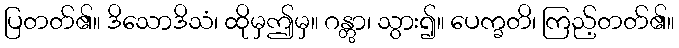
ပြတတ်၏။ ဒိသောဒိသံ၊ ထိုမှဤမှ။ ဂန္တွာ၊ သွား၍။ ပေက္ခတိ၊ ကြည့်တတ်၏။